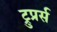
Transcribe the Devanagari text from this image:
ट्रुप्रर्स